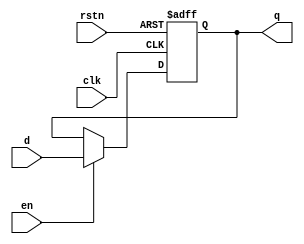
`timescale 1ns / 1ps
//////////////////////////////////////////////////////////////////////////////////
// Company: 
// Engineer: 
// 
// Design Name: 
// Module Name: register
// Project Name: 
// Target Devices: 
// Tool Versions: 
// Description: 
// 
// Dependencies: 
// 
// Revision:
// Revision 0.01 - File Created
// Additional Comments:
// 
//////////////////////////////////////////////////////////////////////////////////


module register #(
    parameter WIDTH = 16
)(
    input  clk, rstn, en,
    input  [WIDTH-1:0]  d,
    output reg  [WIDTH-1:0] q
);

always @(posedge clk, negedge rstn)
    if (!rstn) q <= 0;
    else  if (en)
        q <= d;

endmodule